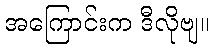
အကြောင်းက ဒီလိုဗျ။